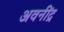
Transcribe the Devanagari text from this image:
अवनींद्र